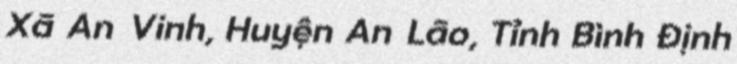
Xã An Vinh, Huyện An Lão, Tỉnh Bình Định